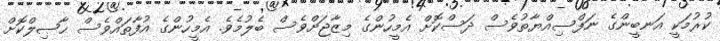
ކުރުމަކީ އަނބީންގެ ނަފްސިއްޔާތުވެސް ދަސްކޮށް އެމީހުންގެ މިޒާޖަށްވެސް ބެލުމެވެ. އެމީހުންގެ އުފާތައްވެސް ޙާޞިލްކޮށް